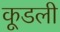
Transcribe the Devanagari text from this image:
कूडली